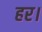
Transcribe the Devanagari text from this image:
हर।